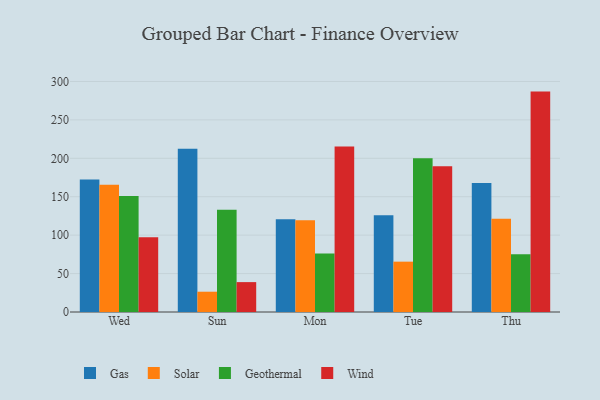
{"axis": {"x": "Day", "y": "Page Views"}, "legend": ["Gas", "Geothermal", "Solar", "Wind"], "data": [{"x": "Wed", "y": 172.4, "type": "Gas"}, {"x": "Wed", "y": 165.5, "type": "Solar"}, {"x": "Wed", "y": 151.0, "type": "Geothermal"}, {"x": "Wed", "y": 97.4, "type": "Wind"}, {"x": "Sun", "y": 212.3, "type": "Gas"}, {"x": "Sun", "y": 26.4, "type": "Solar"}, {"x": "Sun", "y": 133.0, "type": "Geothermal"}, {"x": "Sun", "y": 38.9, "type": "Wind"}, {"x": "Mon", "y": 120.8, "type": "Gas"}, {"x": "Mon", "y": 119.5, "type": "Solar"}, {"x": "Mon", "y": 76.2, "type": "Geothermal"}, {"x": "Mon", "y": 215.4, "type": "Wind"}, {"x": "Tue", "y": 125.9, "type": "Gas"}, {"x": "Tue", "y": 65.5, "type": "Solar"}, {"x": "Tue", "y": 200.2, "type": "Geothermal"}, {"x": "Tue", "y": 189.7, "type": "Wind"}, {"x": "Thu", "y": 167.9, "type": "Gas"}, {"x": "Thu", "y": 121.5, "type": "Solar"}, {"x": "Thu", "y": 75.2, "type": "Geothermal"}, {"x": "Thu", "y": 286.8, "type": "Wind"}]}